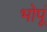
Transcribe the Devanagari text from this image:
भोपूं